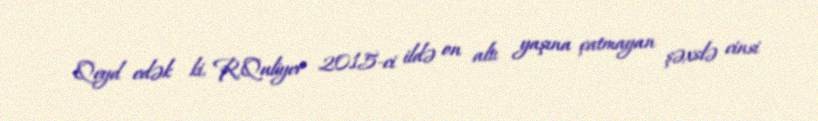
Qeyd edək ki, R.Quliyev 2015-ci ildə on altı yaşına çatmayan şəxslə cinsi